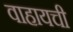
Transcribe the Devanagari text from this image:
वाहायची